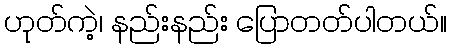
ဟုတ်ကဲ့၊ နည်းနည်း ပြောတတ်ပါတယ်။